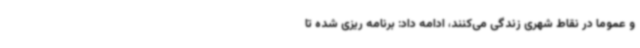
و عموما در نقاط شهری زندگی می‌کنند، ادامه داد: برنامه ریزی شده تا